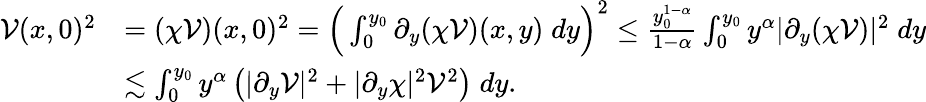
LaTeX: \begin{array}{rl}{\mathcal{V}(x,0)^{2}}&{=(\chi\mathcal{V})(x,0)^{2}=\Big(\int_{0}^{y_{0}}\partial_{y}(\chi\mathcal{V})(x,y)\; dy\Big)^{2}\leq\frac{y_{0}^{1-\alpha}}{1-\alpha}\int_{0}^{y_{0}}y^{\alpha}|\partial_{y}(\chi\mathcal{V})|^{2}\; dy}\\ &{\lesssim\int_{0}^{y_{0}}y^{\alpha}\left(|\partial_{y}\mathcal{V}|^{2}+|\partial_{y}\chi|^{2}\mathcal{V}^{2}\right)\; dy.}\end{array}